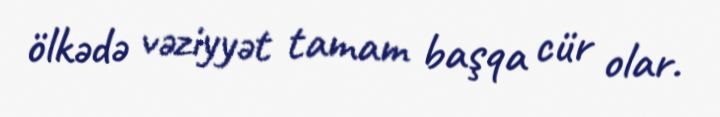
ölkədə vəziyyət tamam başqa cür olar.